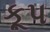
કૂપ